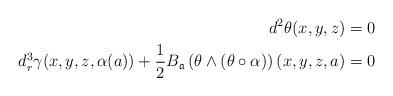
LaTeX: \begin{align*}d^2\theta(x,y,z)&=0\\d_{r}^{3}\gamma(x,y,z,\alpha(a)) +\frac{1}{2}B_{\mathfrak a}\left(\theta\wedge ( \theta\circ \alpha)\right)(x,y,z,a)&=0 \end{align*}